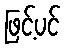
ဖြင့်ပင်